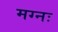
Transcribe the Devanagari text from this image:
मग्नः